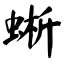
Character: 蜥